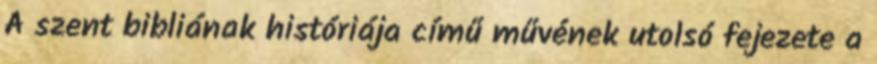
A szent bibliának históriája című művének utolsó fejezete a